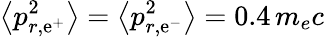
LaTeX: \big<p_{r,\mathrm{e}^{+}}^{2}\big>=\big<p_{r,\mathrm{e}^{-}}^{2}\big>=0.4\, m_{e}c